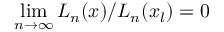
\operatorname* { l i m } _ { n \rightarrow \infty } { \cal L } _ { n } ( x ) / { \cal L } _ { n } ( x _ { l } ) = 0